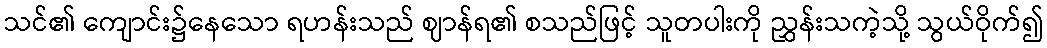
သင်၏ ကျောင်း၌နေသော ရဟန်းသည် ဈာန်ရ၏ စသည်ဖြင့် သူတပါးကို ညွှန်းသကဲ့သို့ သွယ်ဝိုက်၍